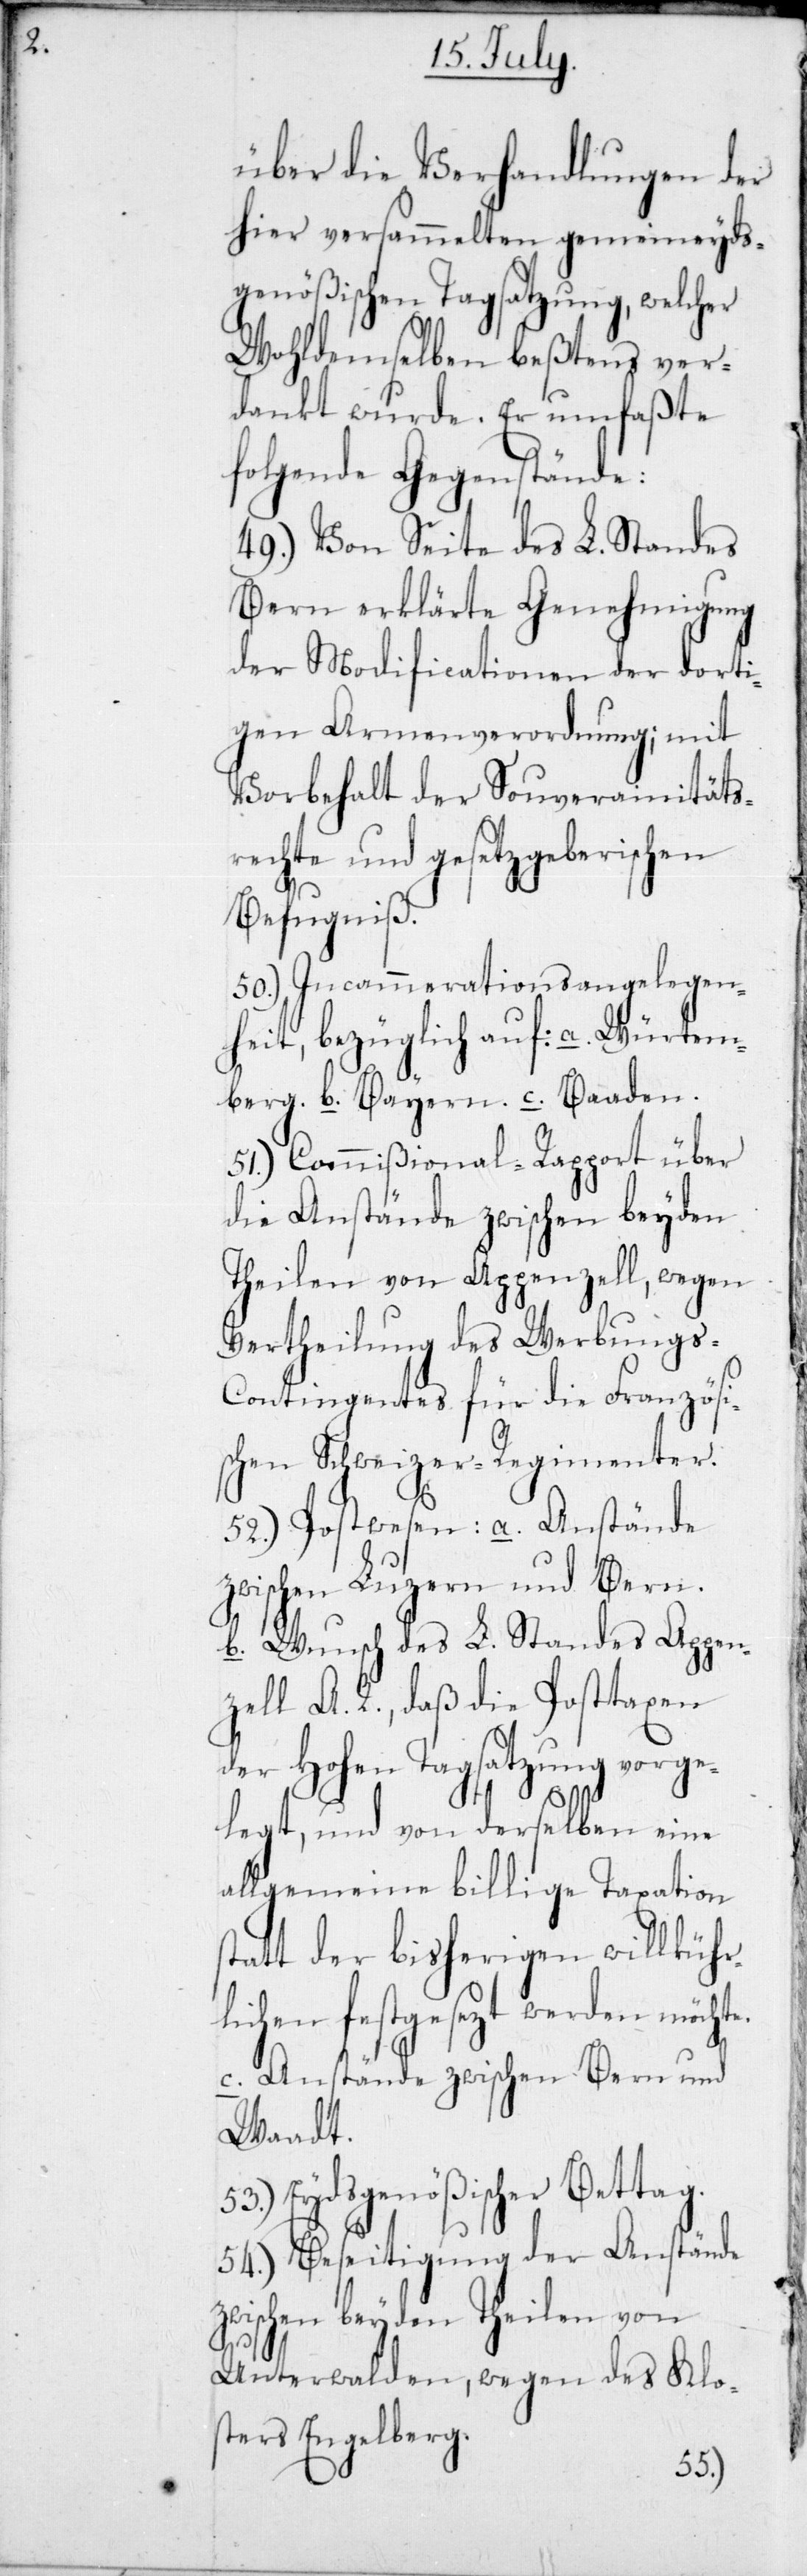
te;

über die Verhandlungen der
hier versammelten gemeineyds¬
genößischen Tagsatzung, welcher
wohldemselben beßtens ver¬
dankt wurde. Er umfaßte
folgende Gegenstände:
49.) Von Seite des L. Standes
Bern erklärte Genehmigung
der Modificationen der dorti¬
gen Armenverordnung; mit
Vorbehalt der Souverainitäts¬
rechte und gesetzgeberischen
Befugniß.
50.) Incammerationsangelegen¬
heit, bezüglich auf: a. Würtem¬
berg, b. Bayern, c. Baaden.
51.) Commißional-Rapport über
die Anstände zwischen beyden
Theilen von Appenzell, wegen
Vertheilung des Werbungs-C¬
ontingentes für die Französi¬
schen Schweizer Regimenter.
52.) Postwesen: a. Anstände
zwischen Luzern und Bern;
b. Wunsch des L. Standes Appen¬
zell A. R., daß die Posttaxen
der Hohen Tagsatzung vorge¬
legt und von derselben eine
allgemeine billige Taxation
statt der bisherigen willkührl¬
ichen festgesezt werden möch¬
c. Anstände zwischen Bern und
Waadt.
53.) Eydsgenößischer Bettag.
54.) Beseitigung der Anstände
zwischen beyden Theilen von
Unterwalden, wegen des Klo¬
sters Engelberg.